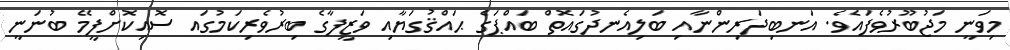
މިވަނީ މަޖުބޫރުވެފައެވެ. އަނބިދަރިންނާއި ބަލިއެނދުގައޮތް ބައްޕަގެ ޙައްޤުގަޔާއި ވަޒީފާގެ ބިރުވެރިކަމުގައ ސޮއިކޮށްފީމޭ ބުނަނީ